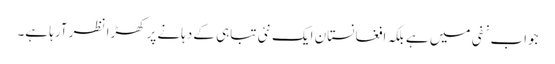
جواب نفی میں ہے بلکہ افغانستان ایک نئی تباہی کے دہانے پرکھڑا نظر آرہا ہے۔